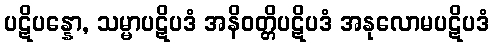
ပဋိပန္နော, သမ္မာပဋိပဒံ အနိဝတ္တိပဋိပဒံ အနုလောမပဋိပဒံ